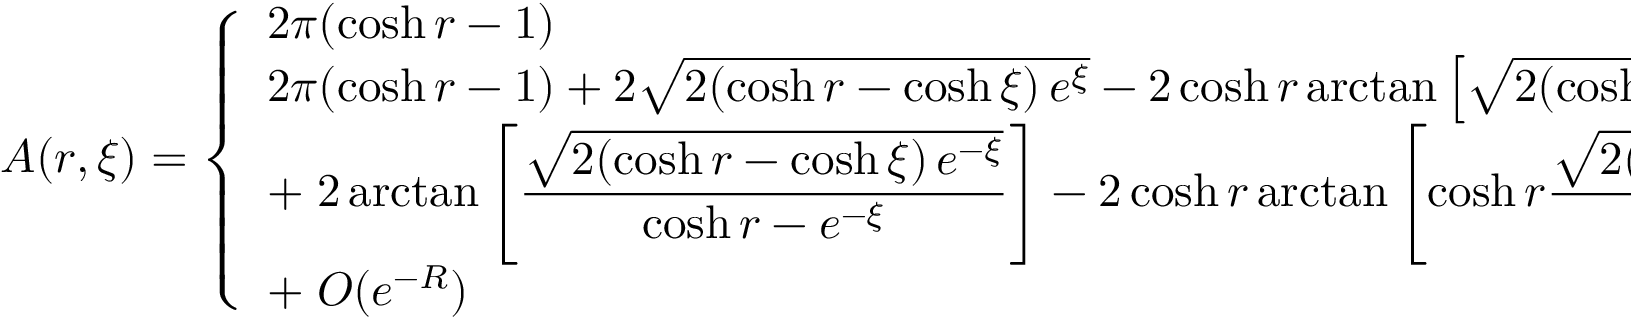
A ( r , \xi ) = \left\{ \begin{array} { l l } { 2 \pi ( \cosh r - 1 ) } & { \mathrm { ~ f ~ o ~ r ~ } r \leq \xi , \medskip } \\ { 2 \pi ( \cosh r - 1 ) + 2 \sqrt { 2 ( \cosh r - \cosh \xi ) \, e ^ { \xi } } - 2 \cosh r \arctan \left[ \sqrt { 2 ( \cosh r - \cosh \xi ) \, e ^ { - \xi } } \right] + } & { \medskip } \\ { \displaystyle + \; 2 \arctan \left[ \frac { \sqrt { 2 ( \cosh r - \cosh \xi ) \, e ^ { - \xi } } } { \cosh r - e ^ { - \xi } } \right] - 2 \cosh r \arctan \left[ \cosh r \frac { \sqrt { 2 ( \cosh r - \cosh \xi ) \, e ^ { - \xi } } } { \cosh r - e ^ { - \xi } } \right] + } & { \mathrm { ~ f ~ o ~ r ~ } r > \xi . \medskip } \\ { \displaystyle + \; O ( e ^ { - R } ) } & { } \end{array} \right.